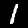
Digit: 1